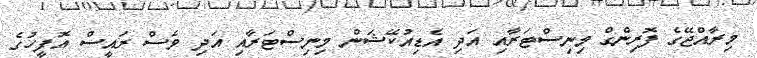
މިރާއްޖޭގެ ފޮރިންގް މިނިސްޓަރާއި އަދި އެޑިއުކޭޝަން މިނިސްޓަރާއި އަދި ވެސް ރައީސް އޮފީހުގެ